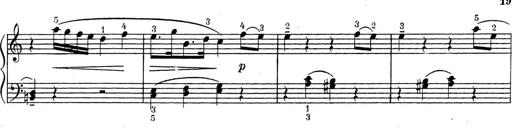
Title: ÄŒeskÃ© Sonatiny
Composer: Various